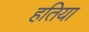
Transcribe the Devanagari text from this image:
हतिया